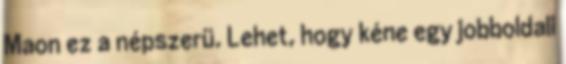
Maon ez a népszerü. Lehet, hogy kéne egy jobboldali